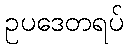
ဥပဒေတရပ်